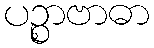
ပဉ္စာဗာဓာ